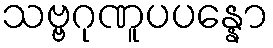
သဗ္ဗဂုဏူပပန္နော